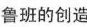
鲁班的创造